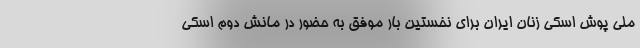
ملی پوش اسکی زنان ایران برای نخستین بار موفق به حضور در مانش دوم اسکی